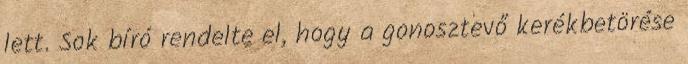
lett. Sok bíró rendelte el, hogy a gonosztevő kerékbetörése